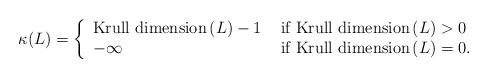
LaTeX: \begin{align*}\kappa(L)=\left\{\begin{array}{ll}{\rm Krull\,\, dimension}\,(L)-1&\mbox{ if }{\rm Krull\,\, dimension}\,(L)>0\\-\infty&\mbox{ if }{\rm Krull\,\, dimension}\,(L)=0.\end{array}\right.\end{align*}